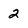
Character: 2